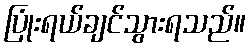
ပြုံးရယ်ချင်သွားရသည်။